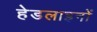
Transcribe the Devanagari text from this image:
हेडलाइनों